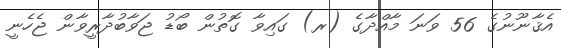
އެޤާނޫނުގެ 56 ވަނަ މާއްދާގެ (ރ) ގައިވާ ގޮތުން ބޯޑު ޖަވާބުދާރީވާން ޖެހެނީ